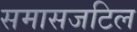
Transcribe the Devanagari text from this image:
समासजटिल